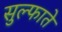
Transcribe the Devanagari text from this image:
सुल्फाते